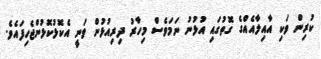
ކުރިން ވަކި އާއިލާއެއްގެ ގޮތުގައި އުޅުނު ނަމަވެސް މިހާރު ދިރިއުޅުން ވަނީ އެކޮޅުކޮޅުންޖެހިފައެވެ.